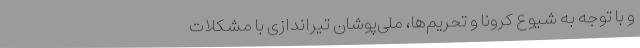
و با توجه به شیوع کرونا و تحریم‌ها، ملی‌پوشان تیراندازی با مشکلات